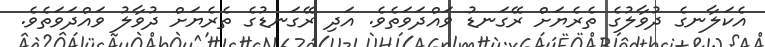
އެކަލާނގެ ދުވާލުގެ ތެރެޔަށް ރޭގަނޑު ވައްދަވަތެވެ. އަދި ރޭގަނޑުގެ ތެރެޔަށް ދުވާލު ވައްދަވަތެވެ.